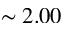
\sim 2 . 0 0